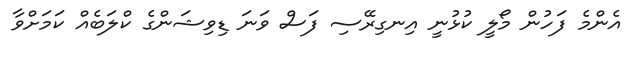
އެންމެ ފަހުން މޯލީ ކުޅުނީ އިނގިރޭސި ފަސް ވަނަ ޑިވިޝަންގެ ކްލަބެއް ކަމަށްވާ